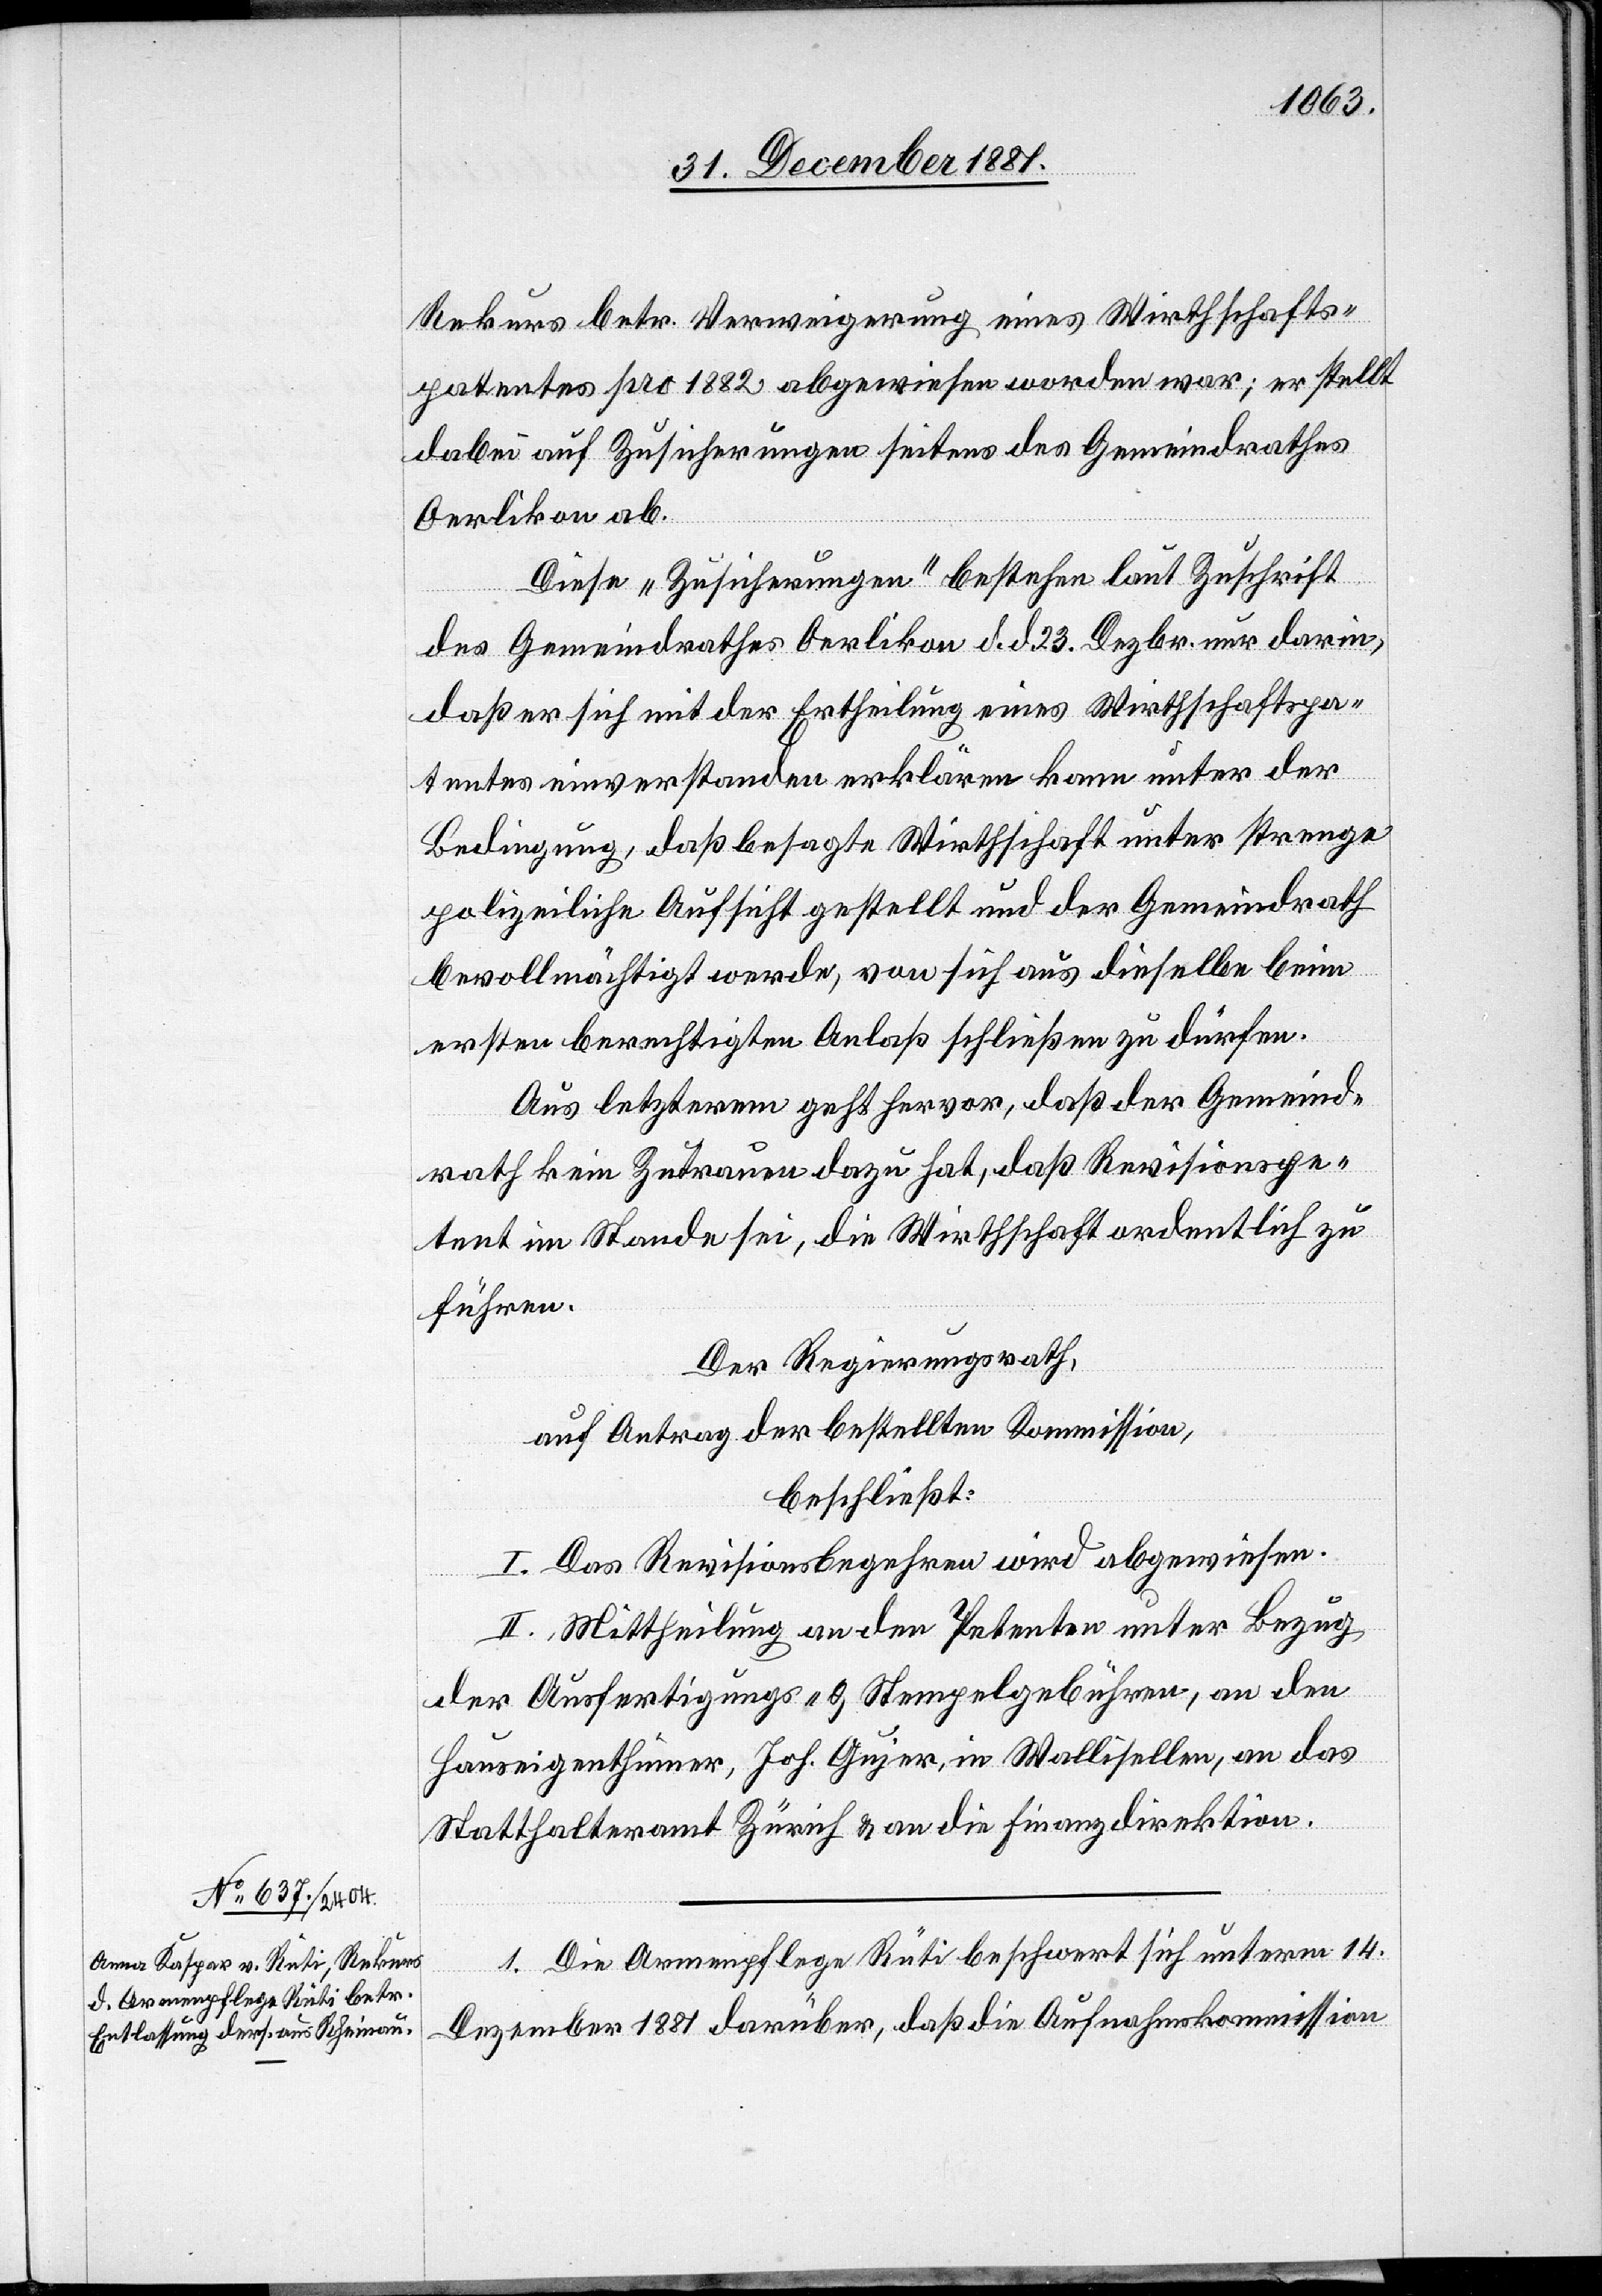
Rekurs betr. Verweigerung eines Wirthschafts¬
patentes pro 1882 abgewiesen worden war; er stellt
dabei auf Zusicherungen seitens des Gemeindrathes
Oerlikon ab.
Diese „Zusicherungen“ bestehen laut Zuschrift
des Gemeindrathes Oerlikon d. d. 23. Dezbr. nur darin,
daß er sich mit der Ertheilung eines Wirthschaftspa¬
tentes einverstanden erklären kann unter der
Bedingung, daß besagte Wirthschaft unter strenge
polizeiliche Aufsicht gestellt und der Gemeindrath
bevollmächtigt werde, von sich aus dieselbe beim
ersten berechtigten Anlaß schließen zu dürfen.
Aus letzterem geht hervor, daß der Gemeind¬
rath kein Zutrauen dazu hat, daß Revisionspe¬
tent im Stande sei, die Wirthschaft ordentlich zu
führen.
Der Regierungsrath,
auf Antrag der bestellten Kommission,
beschließt:
I. Das Revisionsbegehren wird abgewiesen.
II. Mittheilung an den Petenten unter Bezug
der Ausfertigungs- & Stempelgebühren, an den
Hauseigenthümer, Joh. Gujer, in Wallisellen, an das
Statthalteramt Zürich & an die Finanzdirektion.
1. Die Armenpflege Rüti beschwert sich unterm 14.
Dezember 1881 darüber, daß die Aufnahmskommission